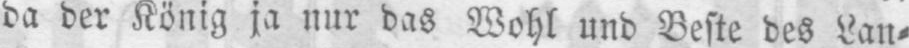
da der König ja nur das Wohl und Beste des Lan⸗